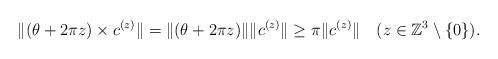
LaTeX: \begin{align*} \|(\theta+2\pi z)\times c^{(z)}\|=\|(\theta+2\pi z)\|\|c^{(z)}\|\geq \pi \|c^{(z)}\|\quad(z\in\mathbb{Z}^3\setminus\{0\}). \end{align*}